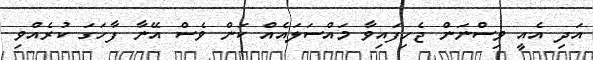
އަދި އެއީ ވިސްނަން ޖެހިފައިވާ މައްސަލައެއް ކަން ވެސް އޭނާ ފާހަގަ ކުރެއްވި